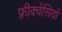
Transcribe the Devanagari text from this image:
फ़्रीक्वेंसियों